Vaccination in Burma 1900-1911 - 1900-1911
Year: 1900
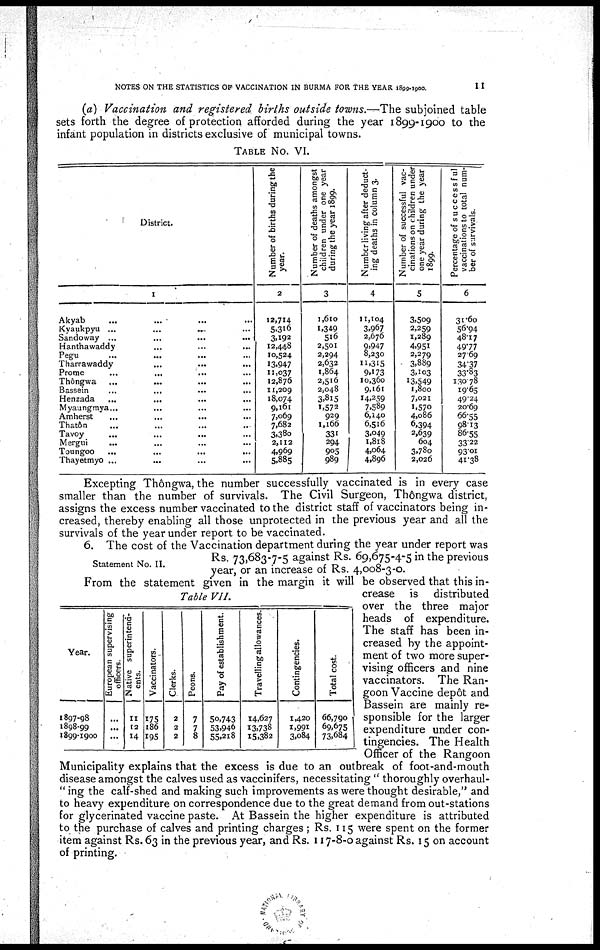
NOTES ON THE STATISTICS OF VACCINATION IN BURMA FOR THE YEAR 1899-1900.
11
(a) Vaccination and registered births outside towns.—The subjoined table
sets forth the degree of protection afforded during the year 1899-1900 to the
infant population in districts exclusive of municipal towns.
TABLE No. VI.
District.
1
Akyab... ... ... ...
Kyaukpyu
...
...
...
...
Sandoway ... ... ... ...
Hanthawaddy... ... ... ...
Pegu... ... ... ...
Tharrawaddy...
...
...
...
Prome... ... ... ...
Thôngwa... ... ... ...
Bassein... ... ... ...
Henzada... ... ... ...
Myaungmya... ... ... ...
Amherst... ... ... ...
Thatôn ... ... ... ...
Tavoy... ... ... ...
Mergui...
...
...
...
Toungoo... ... ... ...
Thayetmyo... ... ... ...
Number of births during the
year.
2
12,714
5,316
3,192
12,448
10,524
13,947
11,037
12,876
11,209
18,074
9,161
7,069
7,682
3,380
2,112
4,969
5,885
Number of deaths amongst
children under one year
during the year 1899.
3
1,610
1,349
516
2,501
2,294
2,632
1,864
2,516
2,048
3,815
1,572
929
1,166
331
294
905
989
Number living after deduct-
ing deaths in column 3.
4
11,104
3,967
2,676
9,947
8,230
11,315
9,173
10,360
9,161
14,259
7,589
6,140
6,516
3,049
1,818
4,064
4,896
Number of successful vac-
cinations on children under
one year during the year
1899.
5
3,509
2,259
1,289
4,951
2,279
3,889
3,103
13,549
1,800
7,021
1,570
4,086
6,394
2,639
604
3,780
2,026
Percentage of successful
vaccinations to total num-
ber of survivals.
6
31.60
56.94
48.17
49.77
27.69
34.37
33.83
130.78
19.65
49.24
20.69
66.55
98.13
86.55
33.22
93.01
41.38
Excepting Thôngwa, the number successfully vaccinated is in every case
smaller than the number of survivals. The Civil Surgeon, Thôngwa district,
assigns the excess number vaccinated to the district staff of vaccinators being in-
creased, thereby enabling all those unprotected in the previous year and all the
survivals of the year under report to be vaccinated.
Statement No. II.
6. The cost of the Vaccination department during the year under report was
Rs. 73,683-7-5 against Rs. 69,675-4-5 in the previous
year, or an increase of Rs. 4,008-3-0.
Table VII.
Year.
1897-98
1898-99
1899-1900
European supervising
officers.
...
...
...
Native superintend-
ents.
11
12
14
Vaccinators.
175
186
195
Clerks.
2
2
2
Peons.
7
7
8
Pay of establishment.
50,743
53,946
55,218
Travelling allowances.
14,627
13,738
15,382
Contingencies.
1,420
1,991
3,084
Total cost.
66,790
69,675
73,684
From the statement given in the margin it will be observed that this in-
crease is distributed
over the three major
heads of expenditure.
The staff has been in-
creased by the appoint-
ment of two more super-
vising officers and nine
vaccinators. The Ran-
goon Vaccine depôt and
Bassein are mainly re-
sponsible for the larger
expenditure under con-
tingencies. The Health
Officer of the Rangoon
Municipality explains that the excess is due to an outbreak of foot-and-mouth
disease amongst the calves used as vaccinifers, necessitating " thoroughly overhaul -
" ing the calf-shed and making such improvements as were thought desirable," and
to heavy expenditure on correspondence due to the great demand from out-stations
for glycerinated vaccine paste. At Bassein the higher expenditure is attributed
to the purchase of calves and printing charges ; Rs. 115 were spent on the former
item against Rs. 63 in the previous year, and Rs. 117-8-0 against Rs. 15 on account
of printing.